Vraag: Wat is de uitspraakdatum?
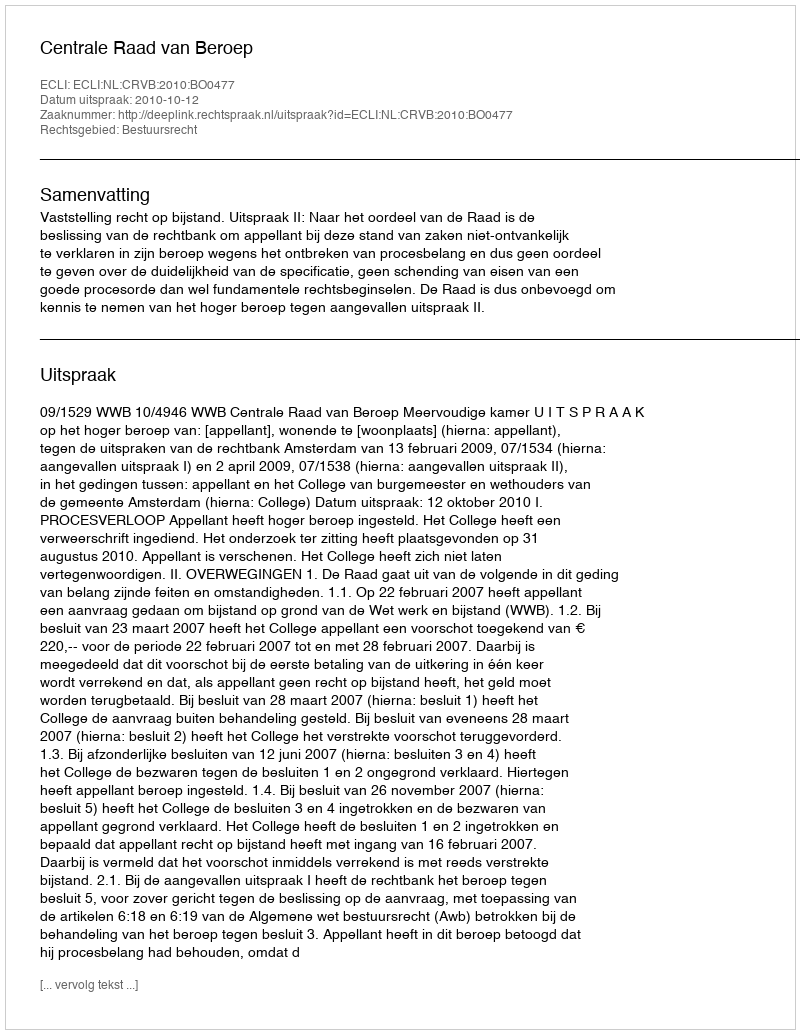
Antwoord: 2010-10-12